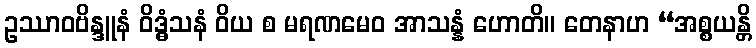
ဥဿာဝဗိန္ဒူနံ ဝိဒ္ဓံသနံ ဝိယ စ မရဏမေဝ အာသန္နံ ဟောတိ။ တေနာဟ “အစ္စယန္တိ